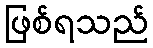
ဖြစ်ရသည်